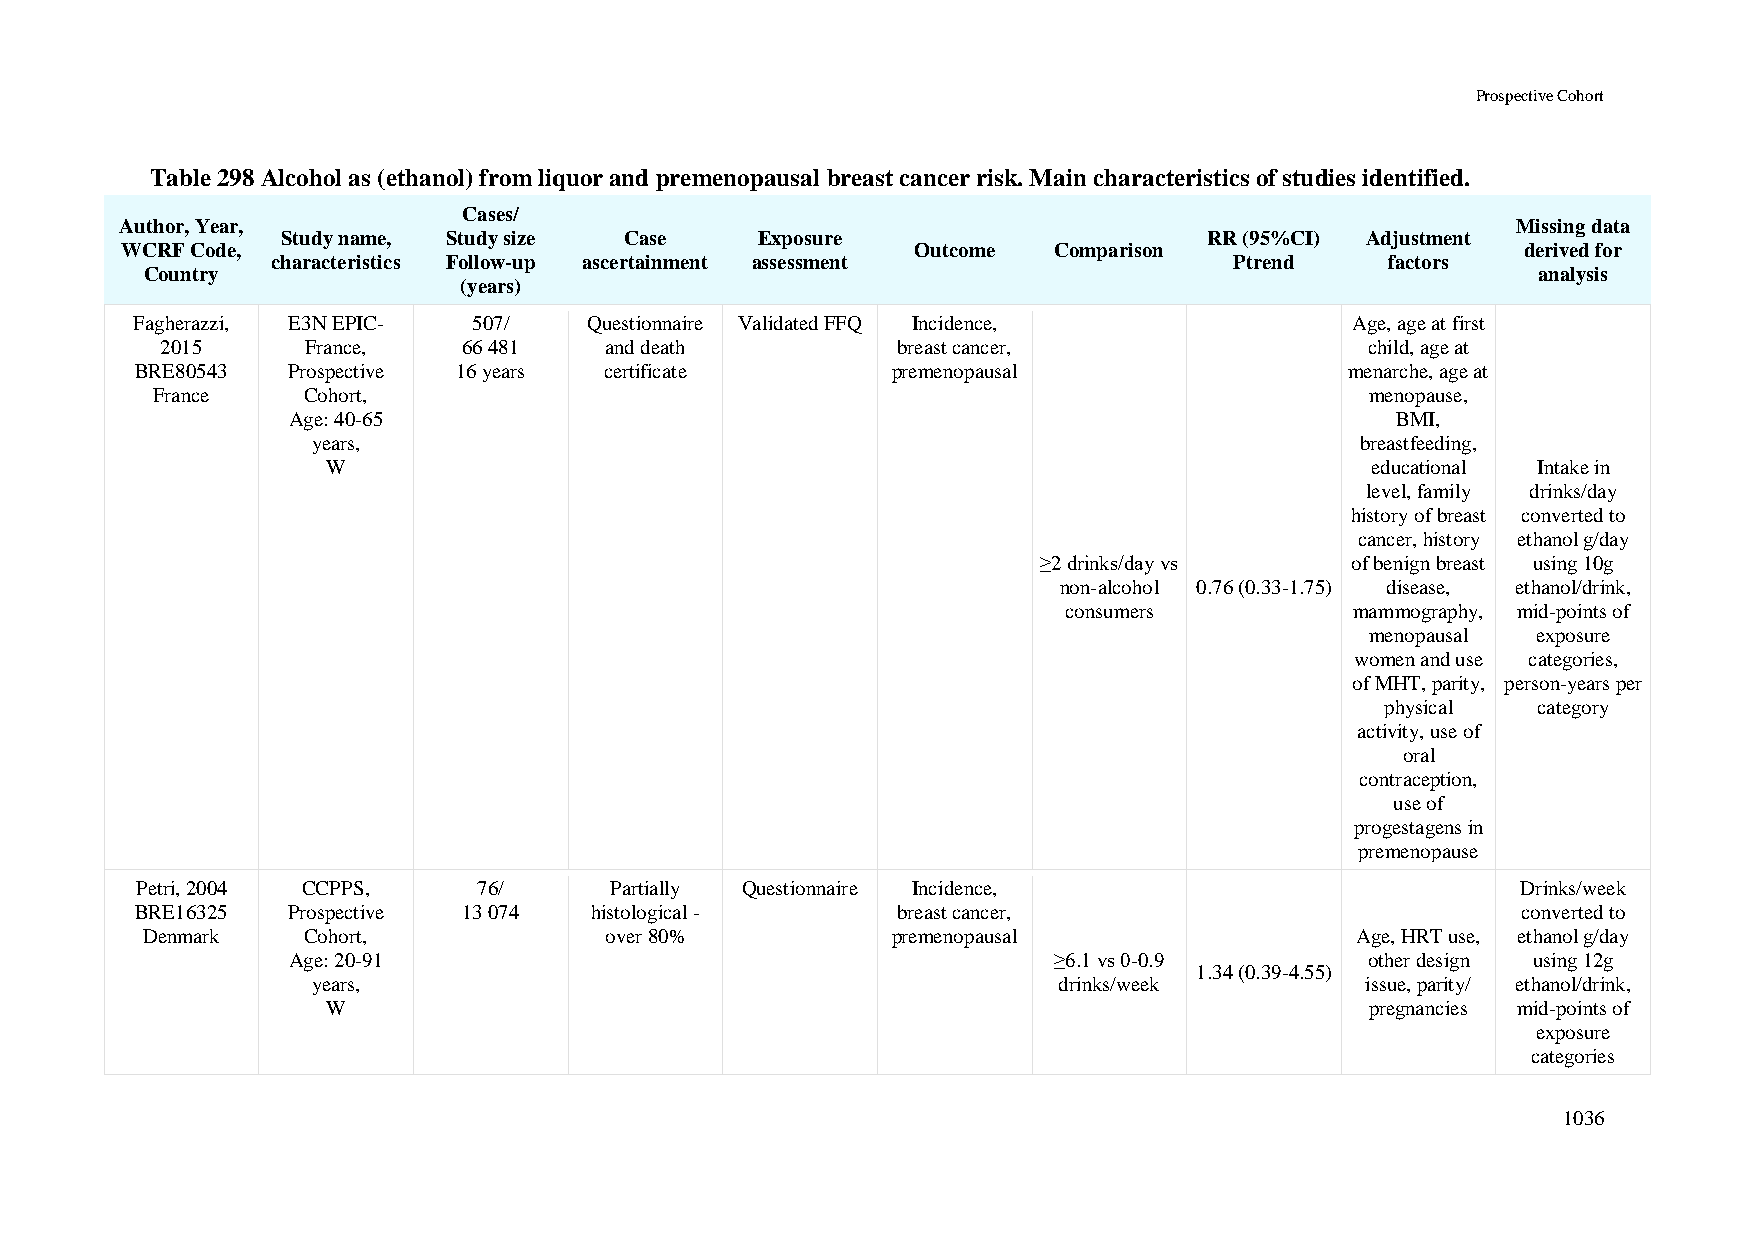
Prospective Cohort
 Table 298 Alcohol as (ethanol) from liquor and premenopausal breast cancer risk. Main characteristics of studies identified.
 Cases/
 Author, Year,                                                                               Missing data
 Study name, Study size Case    Exposure                      RR (95%CI) Adjustment
 WCRF Code,                                           Outcome  Comparison                     derived for
 characteristics Follow-up ascertainment assessment              Ptrend    factors
 Country                                                                                     analysis
 (years)
 Fagherazzi, E3N EPIC- 507/    Questionnaire Validated FFQ Incidence,             Age, age at first
 2015     France,    66 481   and death          breast cancer,                  child, age at
 BRE80543  Prospective 16 years certificate        premenopausal                 menarche, age at
 France    Cohort,                                                                menopause,
 Age: 40-65                                                               BMI,
 years,                                                               breastfeeding,
 W                                                                    educational Intake in
 level, family drinks/day
 history of breast converted to
 cancer, history ethanol g/day
 ≥2 drinks/day vs    of benign breast using 10g
 non-alcohol 0.76 (0.33-1.75) disease, ethanol/drink,
 consumers          mammography, mid-points of
 menopausal exposure
 women and use categories,
 of MHT, parity, person-years per
 physical  category
 activity, use of
 oral
 contraception,
 use of
 progestagens in
 premenopause
 Petri, 2004 CCPPS,     76/     Partially Questionnaire Incidence,                           Drinks/week
 BRE16325  Prospective 13 074  histological -      breast cancer,                            converted to
 Denmark    Cohort,             over 80%           premenopausal                  Age, HRT use, ethanol g/day
 Age: 20-91                                         ≥6.1 vs 0-0.9        other design using 12g
 1.34 (0.39-4.55)
 years,                                           drinks/week         issue, parity/ ethanol/drink,
 W                                                                    pregnancies mid-points of
 exposure
 categories
 1036